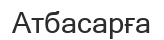
Атбасарға